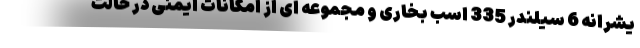
یشرانه 6 سیلندر 335 اسب بخاری و مجموعه ای از امکانات ایمنی در حالت